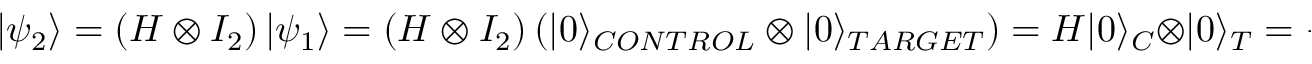
\left| \psi _ { 2 } \right\rangle = \left( H \otimes I _ { 2 } \right) \left| \psi _ { 1 } \right\rangle = \left( H \otimes I _ { 2 } \right) \left( | 0 \rangle _ { C O N T R O L } \otimes | 0 \rangle _ { T A R G E T } \right) = H | 0 \rangle _ { C } \otimes | 0 \rangle _ { T } = \frac { 1 } { \sqrt { 2 } } ( | 0 \rangle + | 1 \rangle ) \otimes | 0 \rangle